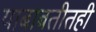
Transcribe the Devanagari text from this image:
याबाबतीतही